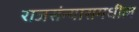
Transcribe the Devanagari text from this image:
राजसंन्यासमधील